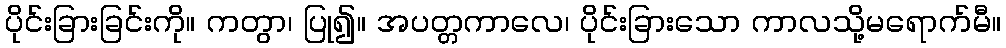
ပိုင်းခြားခြင်းကို။ ကတွာ၊ ပြု၍။ အပတ္တကာလေ၊ ပိုင်းခြားသော ကာလသို့မရောက်မီ။